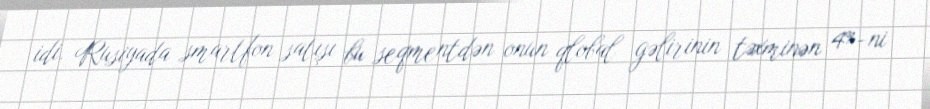
idi. Rusiyada smartfon satışı bu seqmentdən onun qlobal gəlirinin təxminən 4%-ni